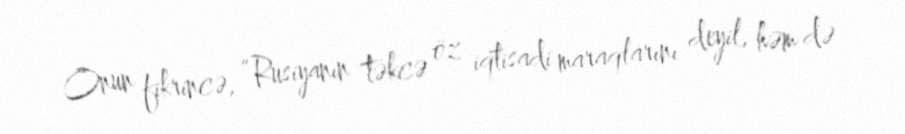
Onun fikrincə, “Rusiyanın təkcə öz iqtisadi maraqlarını deyil, həm də